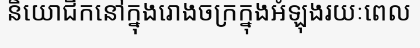
និយោជិកនៅក្នុងរោងចក្រក្នុងអំឡុងរយៈពេល